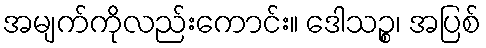
အမျက်ကိုလည်းကောင်း။ ဒေါသဉ္စ၊ အပြစ်